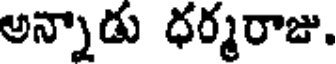
అన్నాడు ధర్మరాజు.